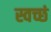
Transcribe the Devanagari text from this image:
स्वच्छं